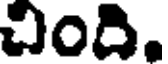
చింది.